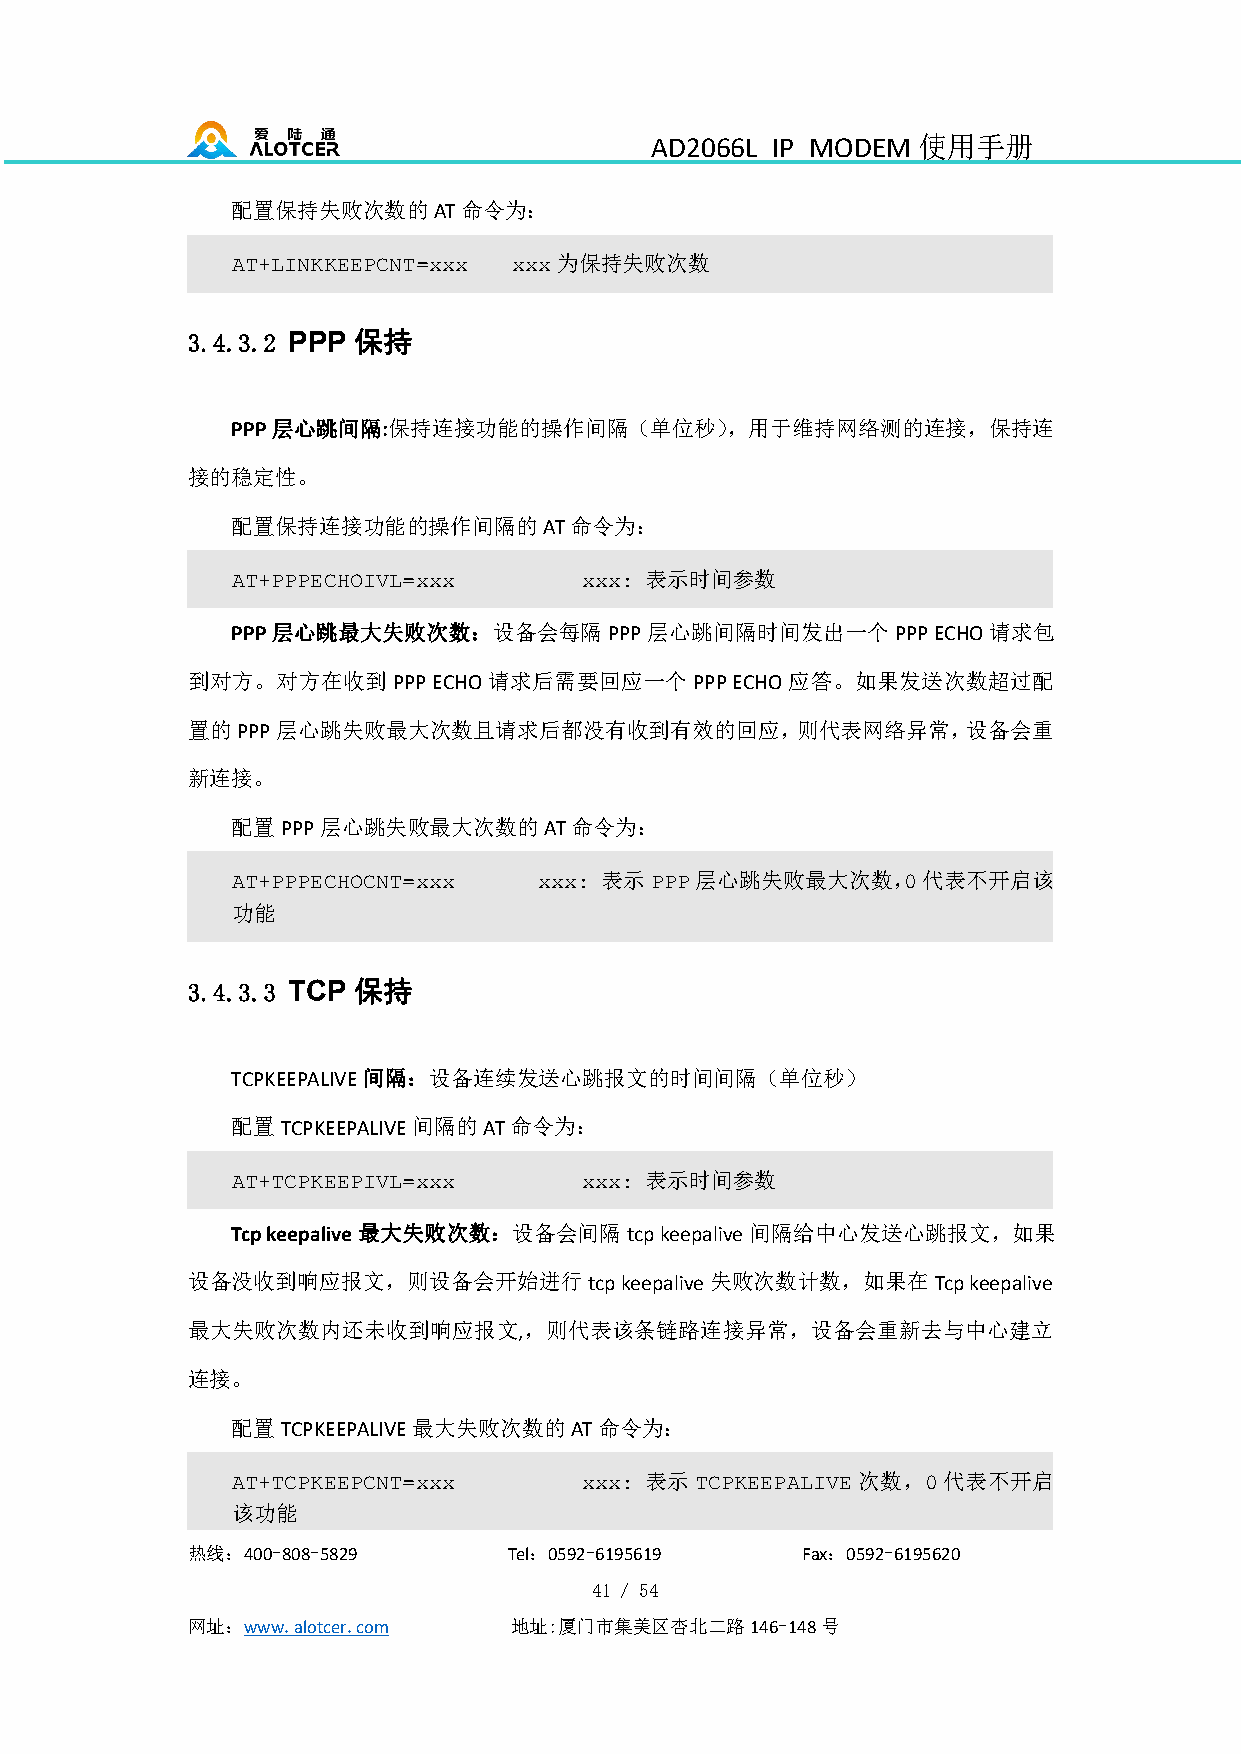
AD2066L IP MODEM  使用手册
 配置保持失败次数的AT命令为：
 为保持失败次数
 AT+LINKKEEPCNT=xxx xxx
 3.4.3.2 PPP 保持
 PPP层心跳间隔:保持连接功能的操作间隔（单位秒），用于维持网络测的连接，保持连
 接的稳定性。
 配置保持连接功能的操作间隔的AT命令为：
 表示时间参数
 AT+PPPECHOIVL=xxx      xxx:
 PPP层心跳最大失败次数：设备会每隔PPP层心跳间隔时间发出一个PPPECHO请求包
 到对方。对方在收到PPPECHO请求后需要回应一个PPPECHO应答。如果发送次数超过配
 置的PPP层心跳失败最大次数且请求后都没有收到有效的回应，则代表网络异常，设备会重
 新连接。
 配置PPP层心跳失败最大次数的AT命令为：
 表示    层心跳失败最大次数，     代表不开启该
 AT+PPPECHOCNT=xxx    xxx:   PPP              0
 功能
 3.4.3.3 TCP 保持
 TCPKEEPALIVE间隔：设备连续发送心跳报文的时间间隔（单位秒）
 配置TCPKEEPALIVE间隔的AT命令为：
 表示时间参数
 AT+TCPKEEPIVL=xxx      xxx:
 Tcpkeepalive最大失败次数：设备会间隔tcpkeepalive间隔给中心发送心跳报文，如果
 设备没收到响应报文，则设备会开始进行tcpkeepalive失败次数计数，如果在Tcpkeepalive
 最大失败次数内还未收到响应报文,，则代表该条链路连接异常，设备会重新去与中心建立
 连接。
 配置TCPKEEPALIVE最大失败次数的AT命令为：
 表示            次数，  代表不开启
 AT+TCPKEEPCNT=xxx      xxx:    TCPKEEPALIVE   0
 该功能
 热线：400-808-5829       Tel：0592-6195619   Fax：0592-6195620
 41 / 54
 网址：www.alotcer.com    地址:厦门市集美区杏北二路146-148号